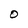
Character: O